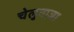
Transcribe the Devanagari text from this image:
चेलुवाजा